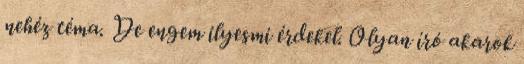
nehéz téma. De engem ilyesmi érdekel. Olyan író akarok